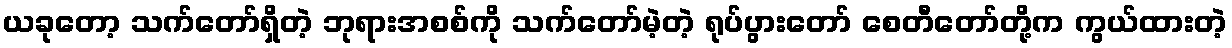
ယခုတော့ သက်တော်ရှိတဲ့ ဘုရားအစစ်ကို သက်တော်မဲ့တဲ့ ရုပ်ပွားတော် စေတီတော်တို့က ကွယ်ထားတဲ့